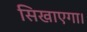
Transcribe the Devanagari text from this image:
सिखाएगा।